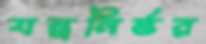
যন্ত্রনির্ভর